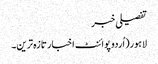
تفصیلی خبر
لاہور(اُردو پوائنٹ اخبار تازہ ترین۔